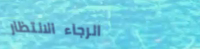
الرجاء الانتظار